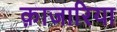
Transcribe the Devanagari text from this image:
क़ाजारिया